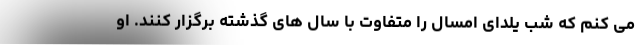
می کنم که شب یلدای امسال را متفاوت با سال های گذشته برگزار کنند. او